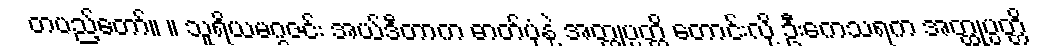
တပည့်တော်။ ။ သူရိယမဂ္ဂဇင်း အယ်ဒီတာက ဓာတ်ပုံနဲ့ အတ္ထုပ္ပတ္တိ တောင်းလို့ ဦးကေသရက အတ္ထုပ္ပတ္တိ